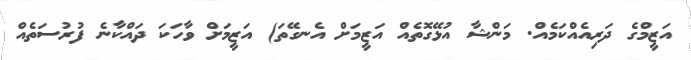
އަޒީމްގެ ދަރިއެއްކަމެއް. މަންޝާ އުޅޭގޮތެއް އަޒީމަށް އެނގޭތަ) އަޒީމަށް ވާހަކަ ދައްކާނެ ފުރުސަތެއް